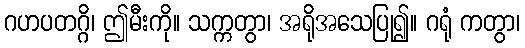
ဂဟပတဂ္ဂိ၊ ဤမီးကို။ သက္ကတွာ၊ အရိုအသေပြု၍။ ဂရုံ ကတွာ၊